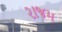
રાજમ